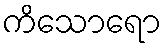
ကိသောရော